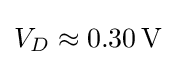
V_{D}\approx 0.30\,{\text{V}}